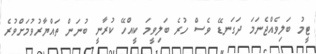
ޓީމު ބަލިވެއްޖެނަމަ ދަގަނޑޭ ވެސް ހުރެ ބަލިވީމަ ކީއްހޭ ކުރާނީ ބުނަން ތައްޔާރުވުމަށްވުރެ